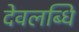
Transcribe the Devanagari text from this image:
देवलब्धि